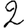
Digit: 2